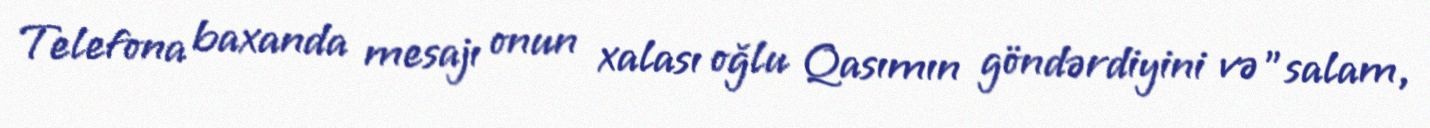
Telefona baxanda mesajı onun xalası oğlu Qasımın göndərdiyini və "salam,